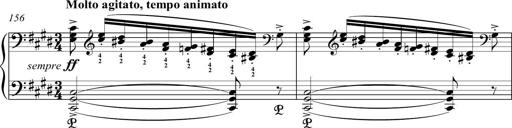
Title: Funeral March and Sonatina
Composer: Thomas Hellemans
Key: C-sharp minor